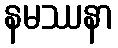
နမဿနာ